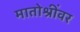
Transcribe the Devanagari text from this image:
मातोश्रींवर